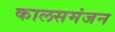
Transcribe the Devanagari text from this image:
कालसमंजन